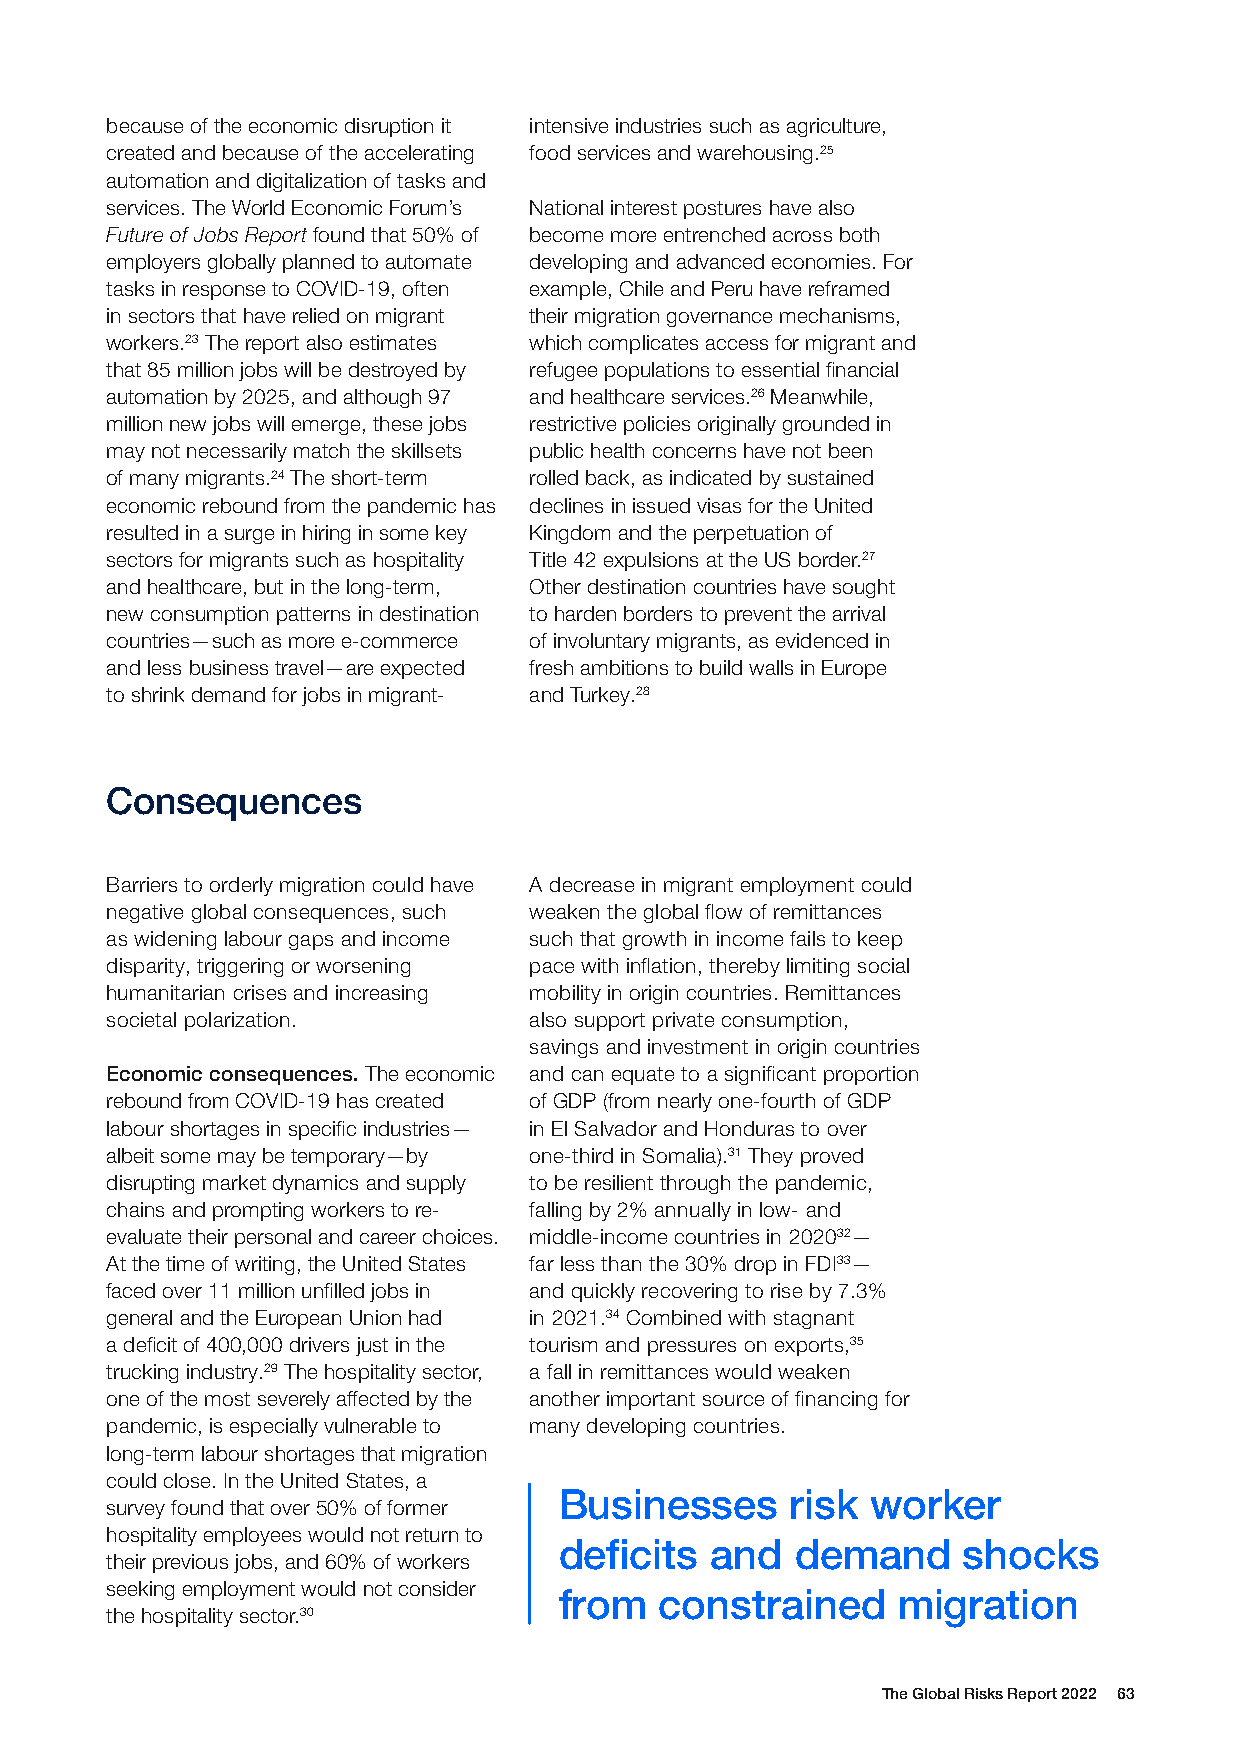
because of the economic disruption it intensive industries such as agriculture,
 created and because of the accelerating food services and warehousing.25
 automation and digitalization of tasks and
 services. The World Economic Forum’s National interest postures have also
 Future of Jobs Report found that 50% of become more entrenched across both
 employers globally planned to automate developing and advanced economies. For
 tasks in response to COVID-19, often example, Chile and Peru have reframed
 in sectors that have relied on migrant their migration governance mechanisms,
 workers.23 The report also estimates which complicates access for migrant and
 that 85 million jobs will be destroyed by refugee populations to essential financial
 automation by 2025, and although 97 and healthcare services.26 Meanwhile,
 million new jobs will emerge, these jobs restrictive policies originally grounded in
 may not necessarily match the skillsets public health concerns have not been
 of many migrants.24 The short-term rolled back, as indicated by sustained
 economic rebound from the pandemic has declines in issued visas for the United
 resulted in a surge in hiring in some key Kingdom and the perpetuation of
 sectors for migrants such as hospitality Title 42 expulsions at the US border.27
 and healthcare, but in the long-term, Other destination countries have sought
 new consumption patterns in destination to harden borders to prevent the arrival
 countries—such as more e-commerce of involuntary migrants, as evidenced in
 and less business travel—are expected fresh ambitions to build walls in Europe
 to shrink demand for jobs in migrant- and Turkey.28
 Consequences
 Barriers to orderly migration could have A decrease in migrant employment could
 negative global consequences, such weaken the global flow of remittances
 as widening labour gaps and income such that growth in income fails to keep
 disparity, triggering or worsening pace with inflation, thereby limiting social
 humanitarian crises and increasing mobility in origin countries. Remittances
 societal polarization.      also support private consumption,
 savings and investment in origin countries
 Economic consequences. The economic and can equate to a significant proportion
 rebound from COVID-19 has created of GDP (from nearly one-fourth of GDP
 labour shortages in specific industries— in El Salvador and Honduras to over
 albeit some may be temporary—by one-third in Somalia).31 They proved
 disrupting market dynamics and supply to be resilient through the pandemic,
 chains and prompting workers to re- falling by 2% annually in low- and
 evaluate their personal and career choices. middle-income countries in 202032—
 At the time of writing, the United States far less than the 30% drop in FDI33—
 faced over 11 million unfilled jobs in and quickly recovering to rise by 7.3%
 general and the European Union had in 2021.34 Combined with stagnant
 a deficit of 400,000 drivers just in the tourism and pressures on exports,35
 trucking industry.29 The hospitality sector, a fall in remittances would weaken
 one of the most severely affected by the another important source of financing for
 pandemic, is especially vulnerable to many developing countries.
 long-term labour shortages that migration
 could close. In the United States, a
 Businesses     risk  worker
 survey found that over 50% of former
 hospitality employees would not return to
 deficits  and   demand     shocks
 their previous jobs, and 60% of workers
 seeking employment would not consider
 from   constrained    migration
 the hospitality sector.30
 The Global Risks Report 2022 63